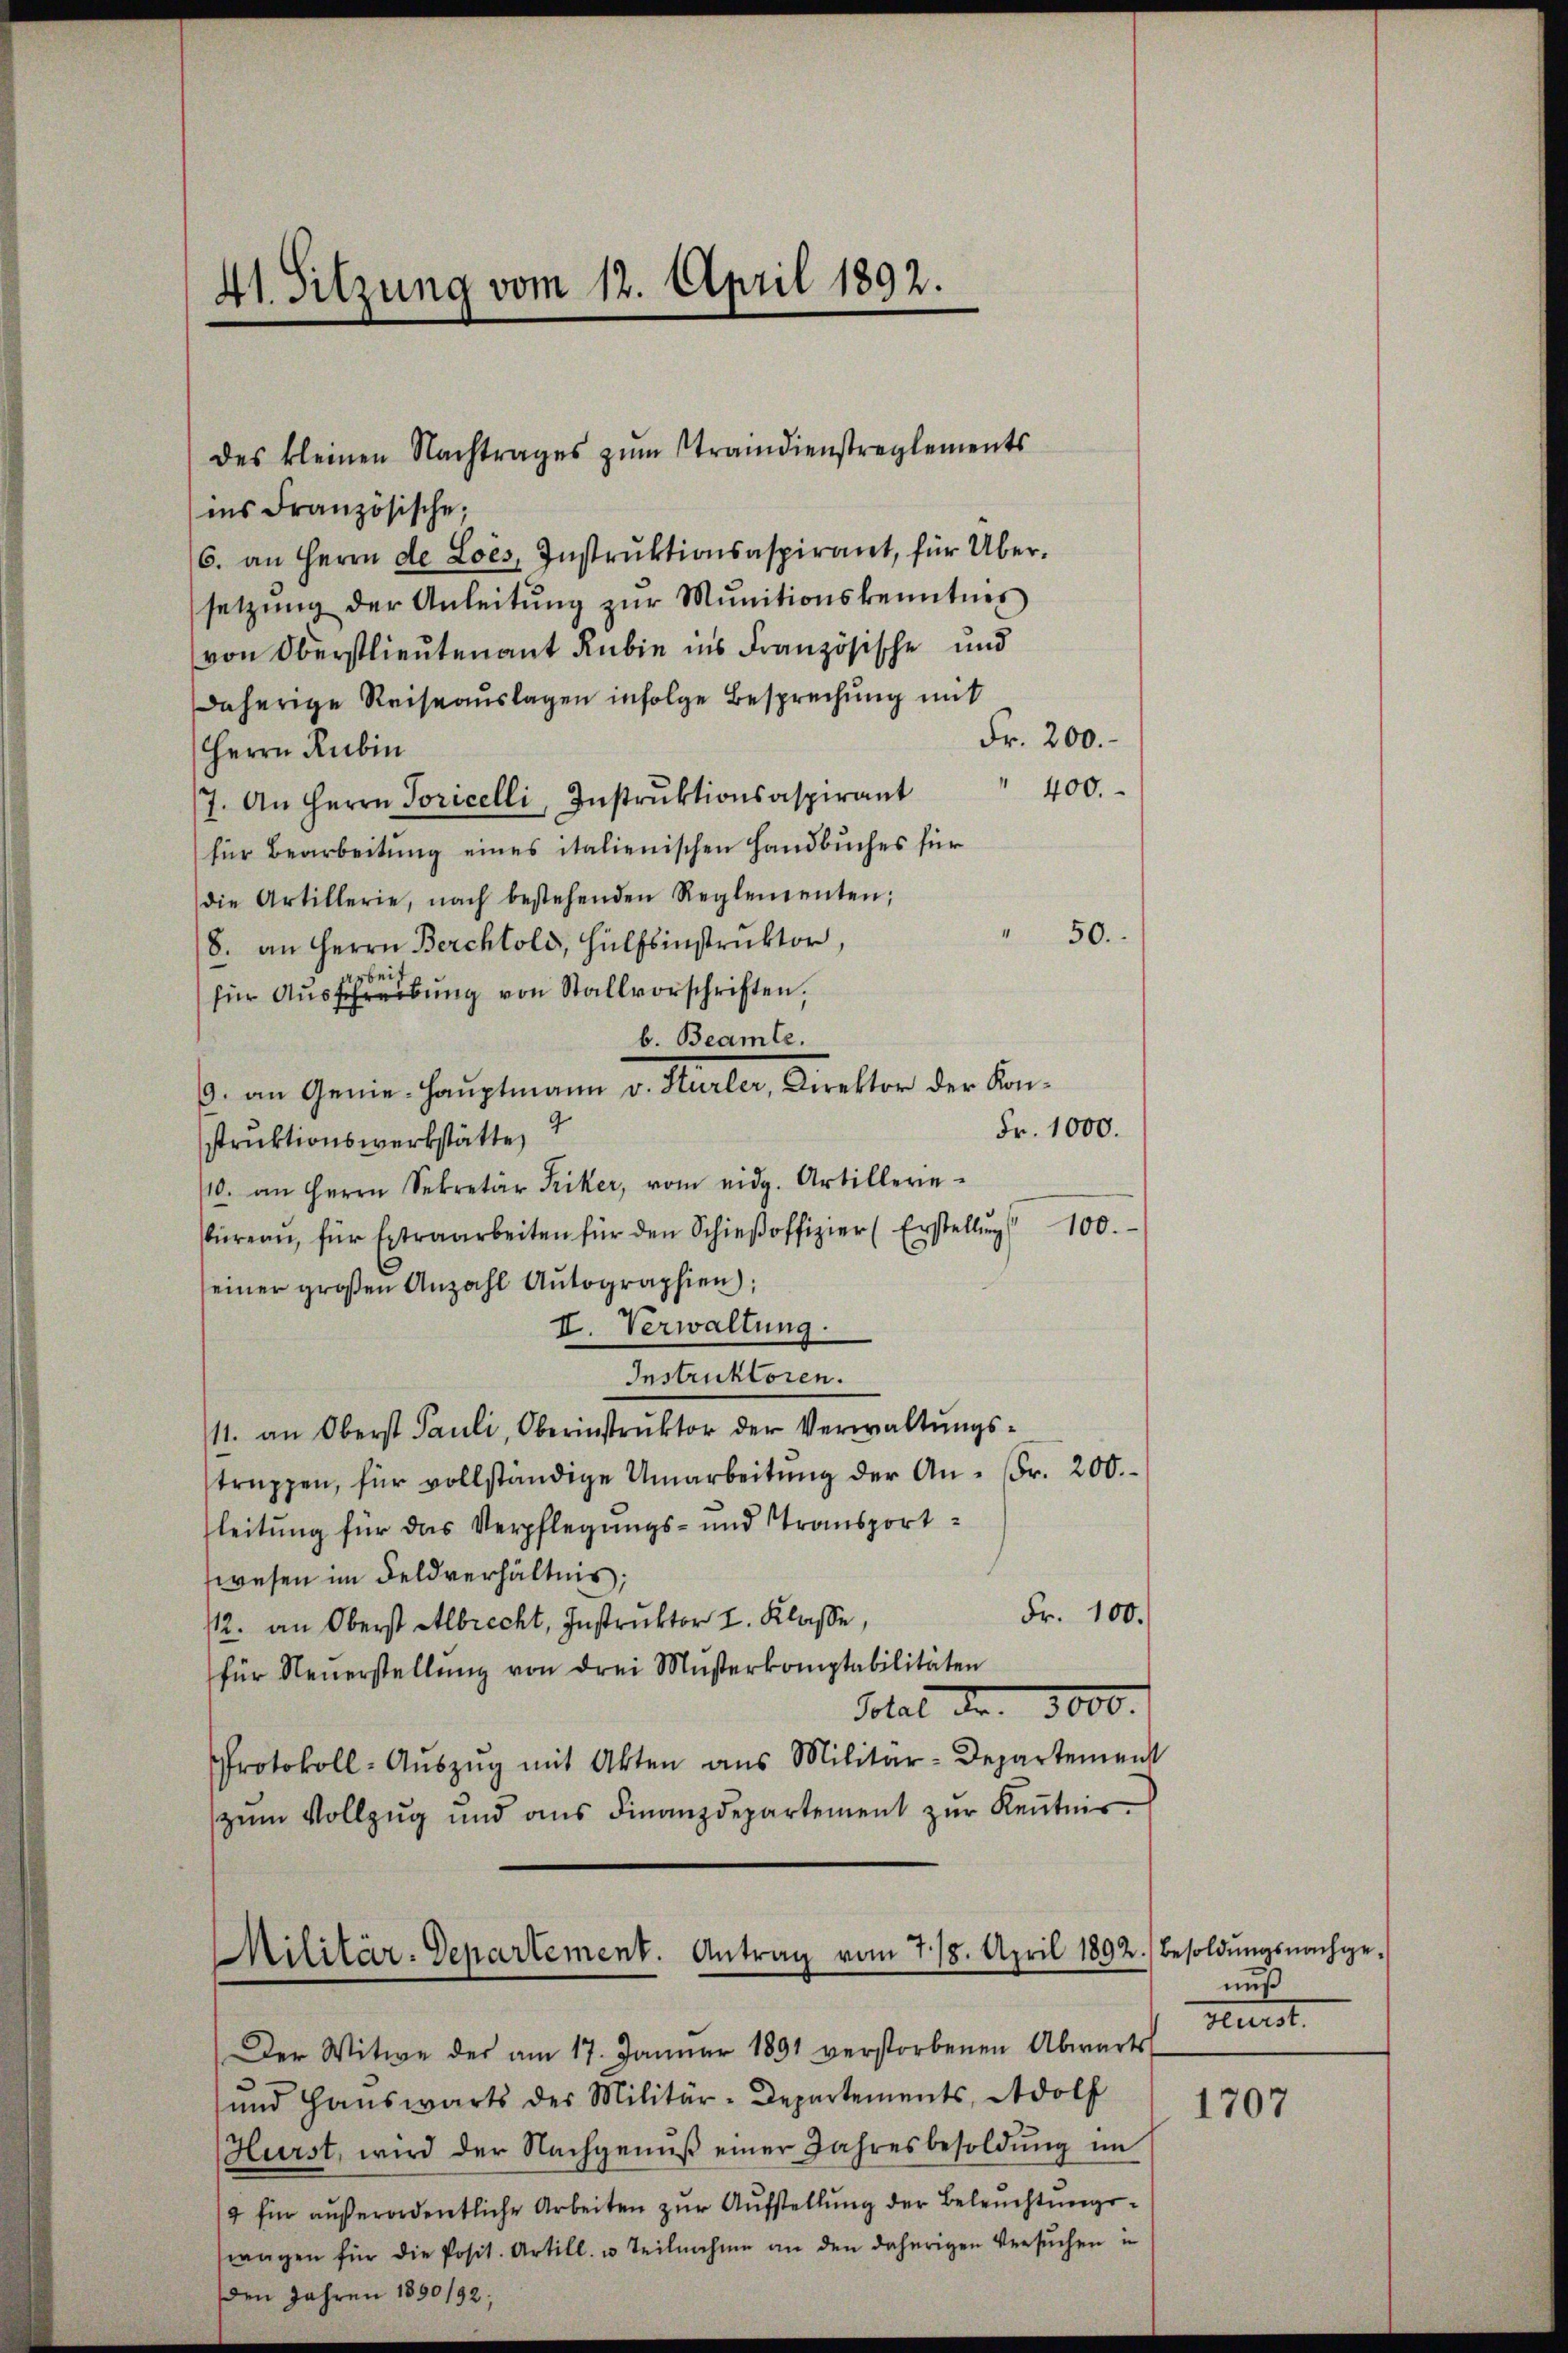
41. Sitzung vom 12. April 1892.

ins Französische;
(6. an Herrn de Loes, Instrŭktionsaspirant, für Übersetzŭng der Anleitŭng zŭr Mŭnitionskenntnis
von Oberstlieutenant Rubin ins Französische und
Daherige Reiseauslagen infolge Besprechung mit
Fr. 200.
Herrn Rubin
400.
7. An Herrn Poricelli, Instrŭktionsaspirant
für Bearbeitung eines italienischen Handbuches für
die Artillerie, nach bestehenden Reglementen;
50.
8. an Herrn Berchtold, Hülfsinstruktor,
für Ausschreibung von Stallvorschriften,
b. Beamte.
6. an Genie-Hauptmann v. Hürler, Direktor der Kon¬
Fr. 1000.
struktionswerkstätte,
110. an Herrn Sekretär Friker, vom eidg. Artillerie-
büreaŭ für Extraarbeiten für den Schieβoffizier (Erstellŭng 100.
seiner großen Anzahl Aŭtographien);
II. Verwaltung.
Instruktoren.
11. an Oberst Pauli, Oberinstrŭktor der Verwaltŭngs-
struppen, für vollständige Umarbeitŭng der An- Fr. 200.
leitung für das Verpflegungs- und transportwesen im Feldverhältnis;
Fr. 100.
112. an Oberst Albrecht, Instruktor I. Klasse,
für Neŭerstellŭng von drei Musterkomptabilitäten
Solat de 3000.
Protokoll-Aŭszŭg mit Akten ans Militär-Departement
zum Vollzug und aus Finanzdepartement zur Kenntnis¬

des kleinen Nachtrages zŭm Straindienstreglements

Militär-Departement. Antrag vom 778. April 1892.) Besoldŭngsnachge-

Der Witwe der am 17. Janŭar 1891 verstorbenen Abwarts
und Hauswärts des Militär-Departements, Adolf
Hürst, wird der Nachgenŭβ einer Jahresbesoldŭng im
4 für außerordentliche Arbeiten zur Aufstellung der Beleuchtungssrangen für die Posit. Artill. u. Teilnahme an den daherigen Versuchen in
den Jahren 1850/92;

muß
Flurst.

1707